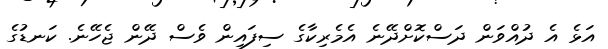
އަޅެ އެ ދުއްވަން ދަސްކޮށްދޭނެ އެމެރިކާގެ ސިފައިން ވެސް ދޭން ޖެހޭނެ. ކަނޑުގެ